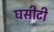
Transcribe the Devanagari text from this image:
घसीटी